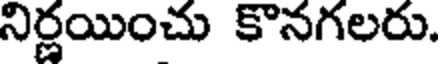
నిర్ణయించు కొనగలరు.